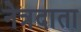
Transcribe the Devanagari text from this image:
नेत्रदाता